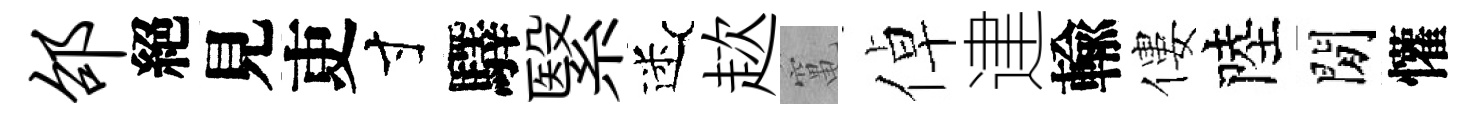
邵絕見吏寸驛繄迷趑𥧄倬䢖輸僂陸閒懽